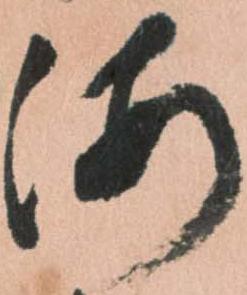
海